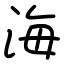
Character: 海